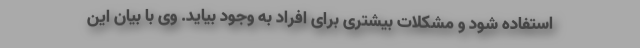
استفاده شود و مشکلات بیشتری برای افراد به وجود بیاید. وی با بیان این